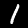
Label: 1